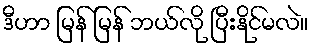
ဒီဟာ မြန် မြန် ဘယ်လို ပြီးနိုင်မလဲ။